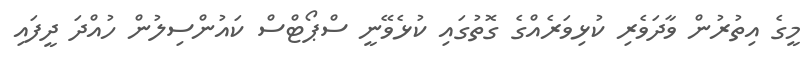
މީގެ އިތުރުން ވާދަވެރި ކުޅިވަރެއްގެ ގޮތުގައި ކުޅެވޭނީ ސްޕޯޓްސް ކައުންސިލުން ހުއްދަ ދީފައި